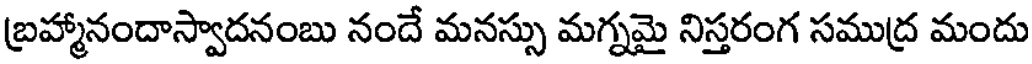
బ్రహ్మానందాస్వాదనంబు నందే మనస్సు మగ్నమై నిస్తరంగ సముద్ర మందు